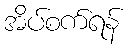
အိပ်စက်ရန်